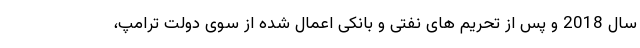
سال 2018 و پس از تحریم های نفتی و بانکی اعمال شده از سوی دولت ترامپ،